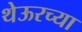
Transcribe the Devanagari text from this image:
थेऊरच्या